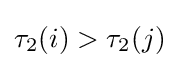
\tau _{2}(i)>\tau _{2}(j)